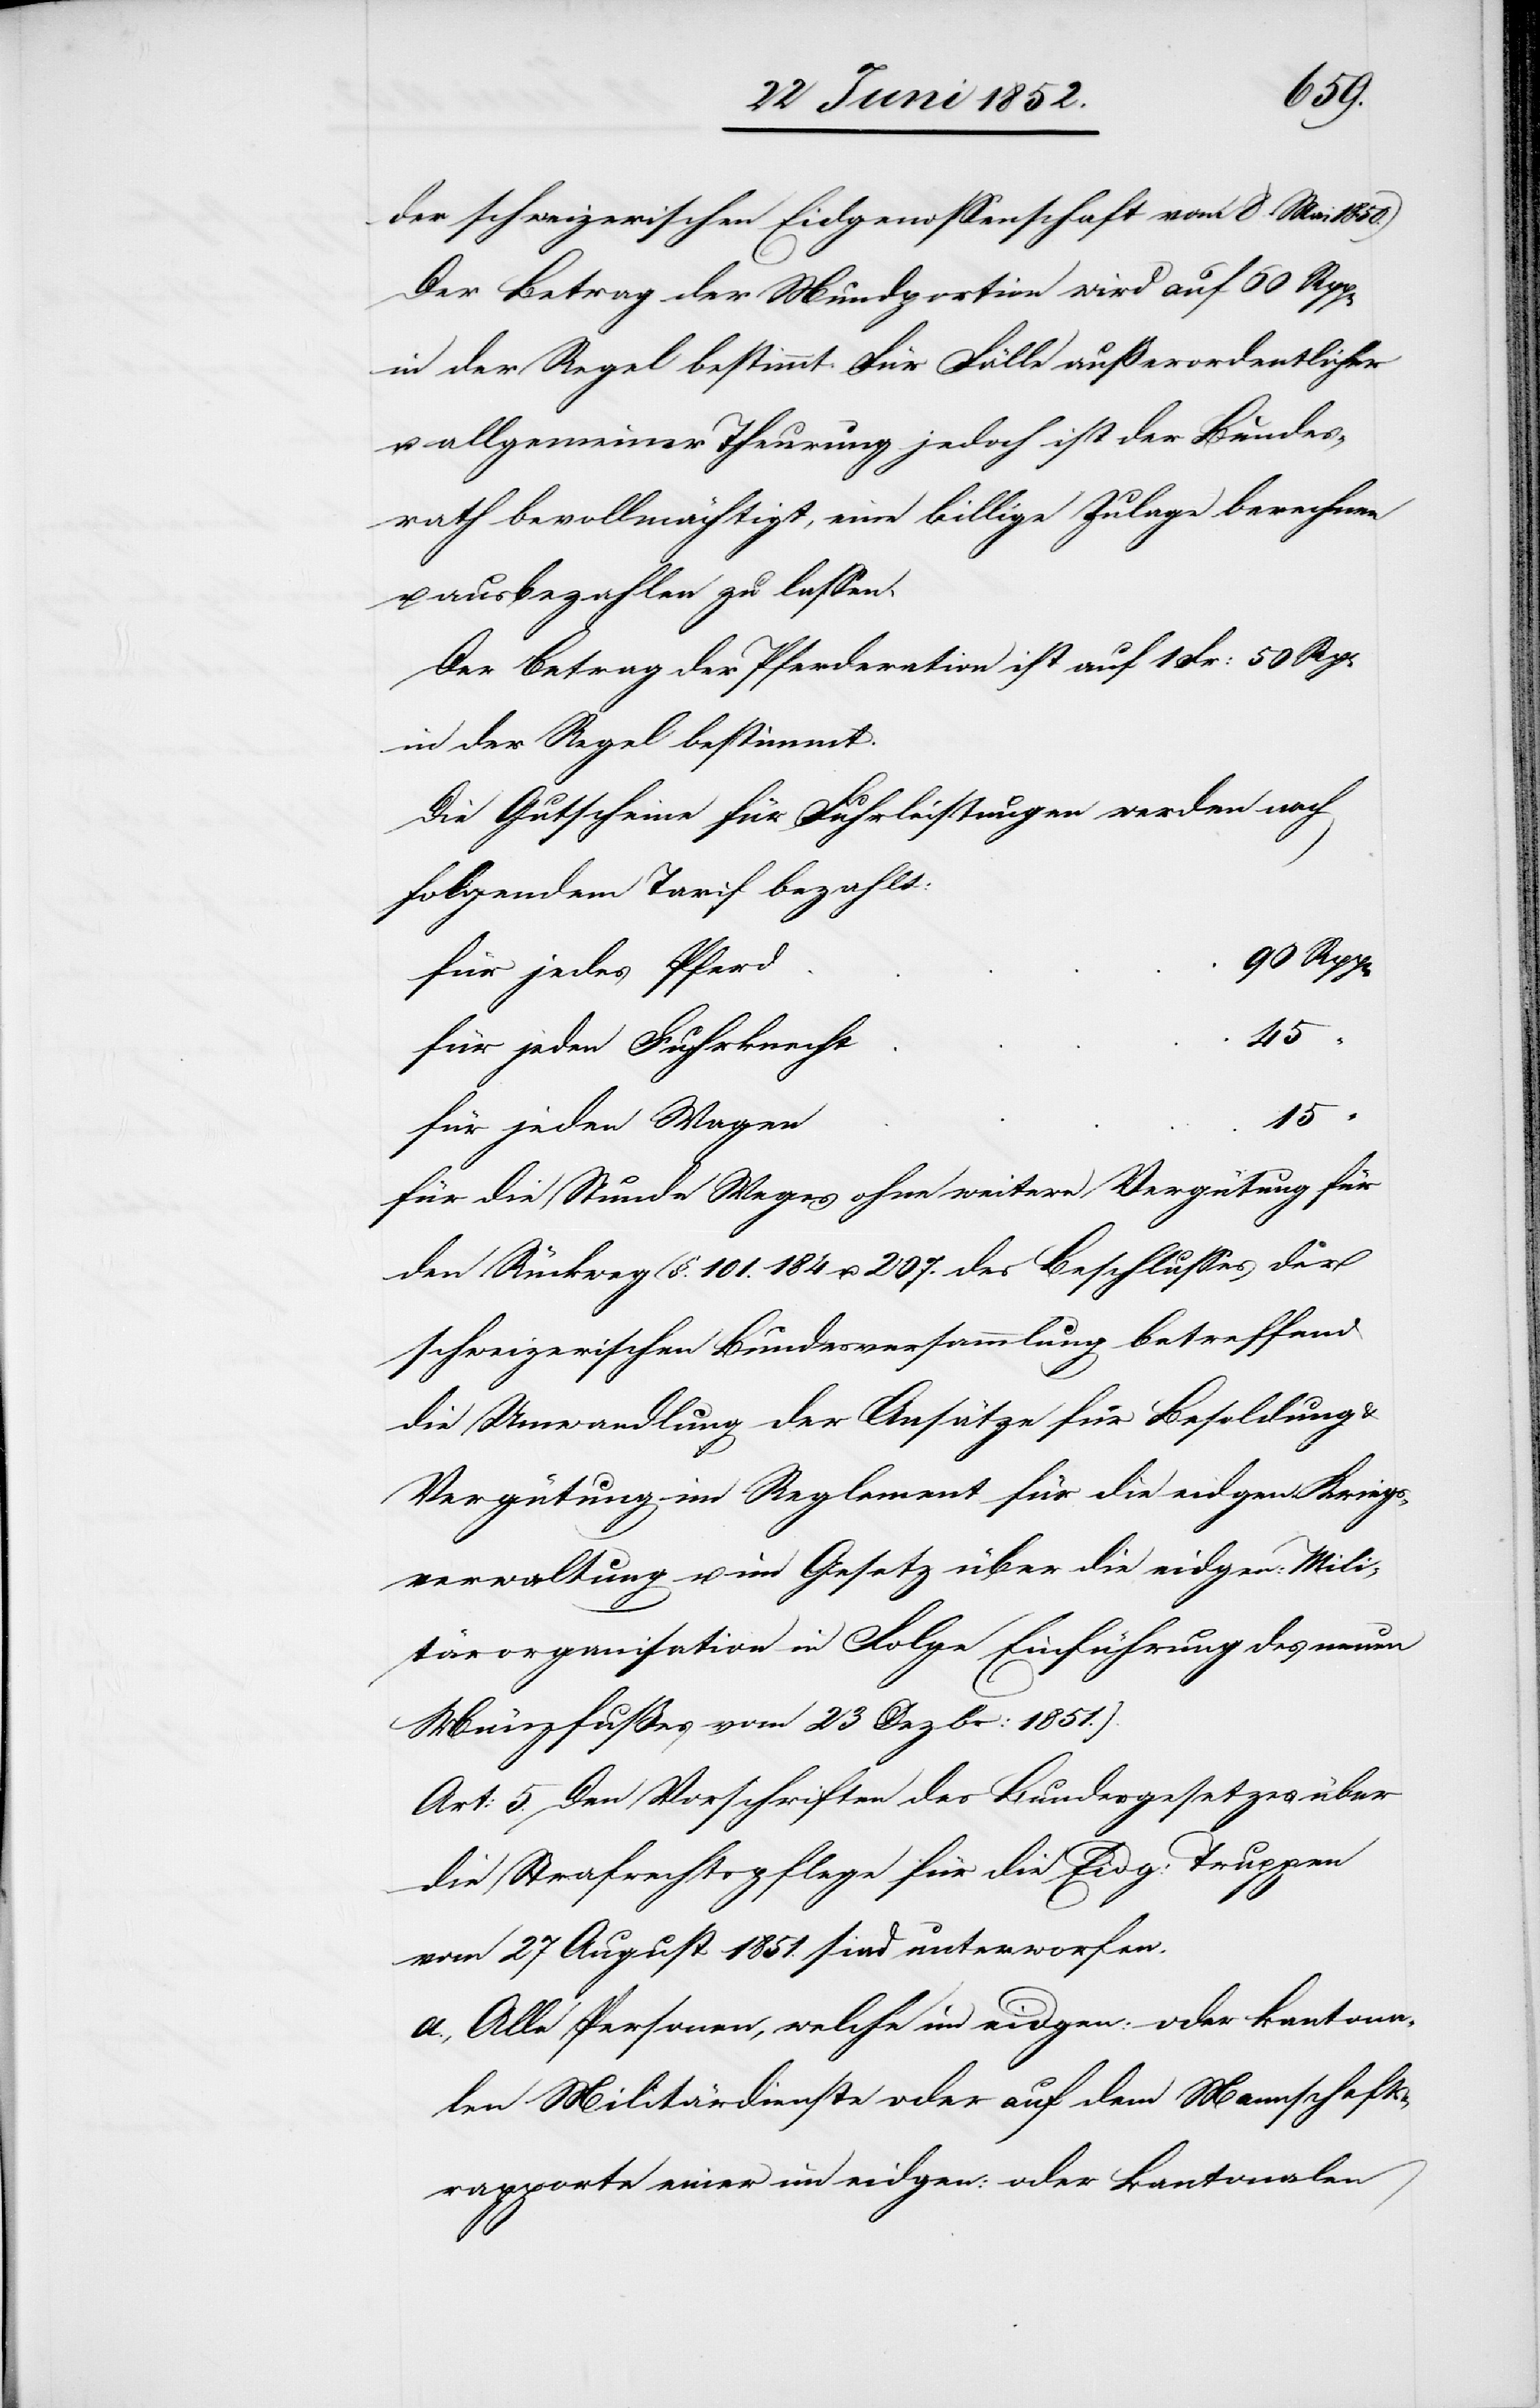
der schweizerischen Eidgenossenschaft vom 8 Mai 1850.)
Der Betrag der Mundportion wird auf 60 Rpp[en]
in der Regel bestimmt. Für Fälle außerordentlicher
u. allgemeiner Theurung jedoch ist der Bundes¬
rath bevollmächtigt, eine billige Zulage berechnen
u. ausbezahlen zu lassen.
Der Betrag der Pferderation ist auf 1 Fr: 50
in der Regel bestimmt.
Die Gutscheine für Fuhrleistungen werden nach
folgendem Tarif bezahlt:
für jedes Pferd
15
“
für jeden Fuhrknecht
für jeden Wagen
für die Stunde Weges ohne weitere Vergütung für
den Rückweg (§. 101.[,] 184 u. 207. des Beschlusses der
schweizerischen Bundesversammlung betreffend
die Umwandlung der Ansätze für Besoldung
Vergütung im Reglement für die eidgen. Kriegs¬
verwaltung u. im Gesetz über die eidgen: Mili¬
tärorganisation in Folge Einführung des neuen
Münzfußes vom 23 Dezbr: 1851.).
Art: 5. Den Vorschriften des Bundesgesetzes über
die Strafrechtspflege für die Eidg: Truppen
vom 27 August 1851. sind unterworfen:
Alle Personen, welche im eidgen: oder kantona¬
len Militärdienste oder auf dem Mannschafts¬
rapporte einer im eidgen: oder kantonalen